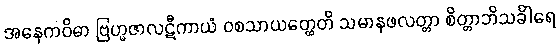
အနေကဝိဓာ ဗြဟ္မဇာလဋီကာယံ ဝစသာယတ္ထေတိ သမာနဖလတ္တာ စိတ္တာဘိသင်္ခါရေ